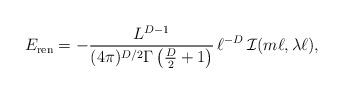
\begin{align*} E_{\rm ren}=-\frac{L^{D-1}}{(4\pi)^{D/2}\Gamma\left(\frac{D}{2}+1\right)}\, \ell^{-D}\,{\cal I}(m\ell,\lambda\ell),\end{align*}